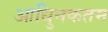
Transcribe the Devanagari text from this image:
आधुिनकतम